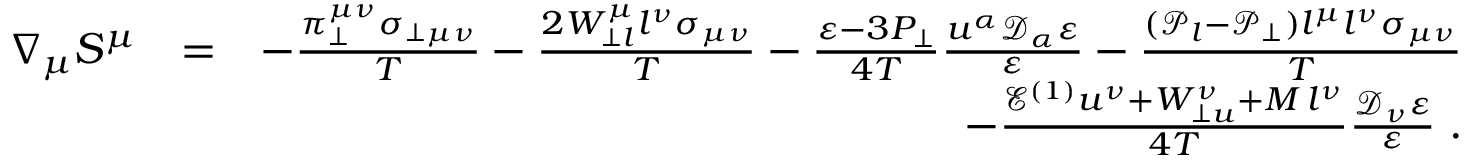
\begin{array} { r l r } { \nabla _ { \mu } S ^ { \mu } } & { = } & { - \frac { \pi _ { \perp } ^ { \mu \nu } \sigma _ { \perp \mu \nu } } { T } - \frac { 2 W _ { \perp l } ^ { \mu } l ^ { \nu } \sigma _ { \mu \nu } } { T } - \frac { \varepsilon - 3 P _ { \perp } } { 4 T } \frac { u ^ { \alpha } \mathcal { D } _ { \alpha } \varepsilon } { \varepsilon } - \frac { ( \mathcal { P } _ { l } - \mathcal { P } _ { \perp } ) l ^ { \mu } l ^ { \nu } \sigma _ { \mu \nu } } { T } } \\ & { } & { - \frac { \mathcal { E } ^ { ( 1 ) } u ^ { \nu } + W _ { \perp u } ^ { \nu } + M \, l ^ { \nu } } { 4 T } \frac { \mathcal { D } _ { \nu } \varepsilon } { \varepsilon } \; . } \end{array}